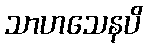
သာဟသေနပိ